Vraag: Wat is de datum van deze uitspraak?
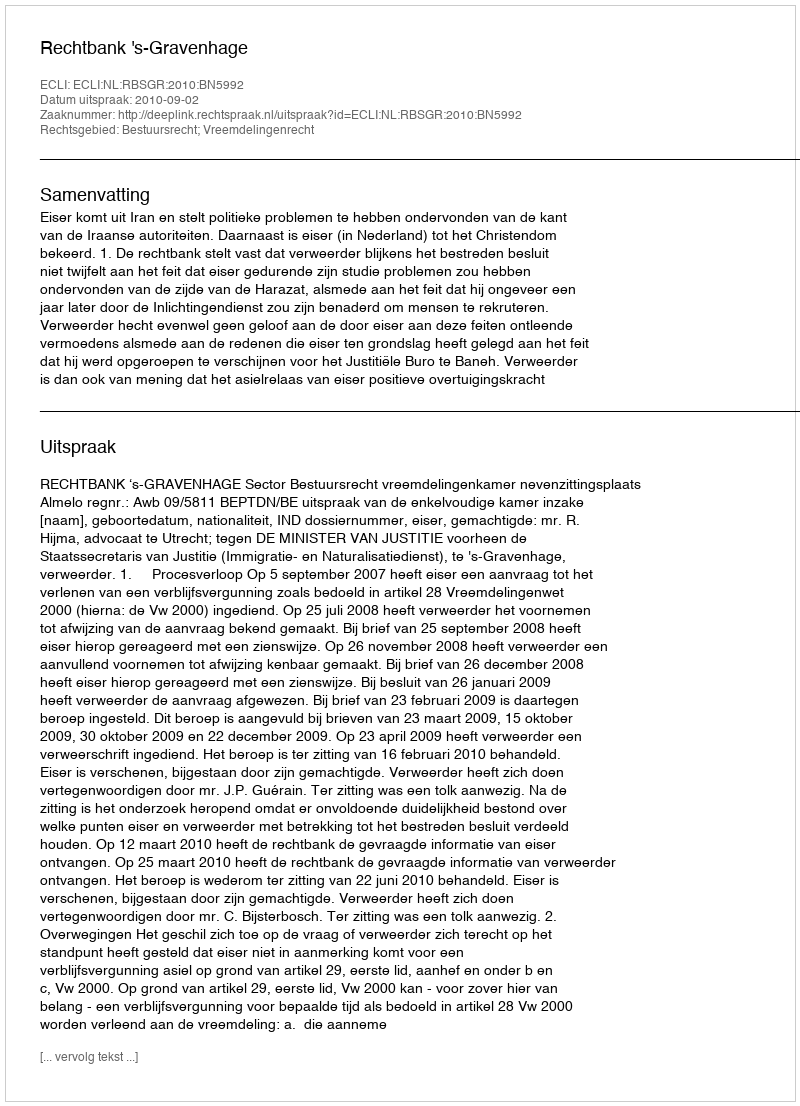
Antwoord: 2010-09-02